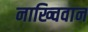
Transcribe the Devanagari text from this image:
नाख्चिवान